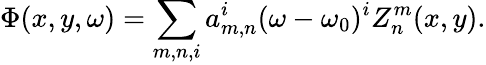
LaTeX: \Phi(x,y,\omega)=\sum_{m,n,i}a_{m,n}^{i}(\omega-\omega_{0})^{i}Z_{n}^{m}(x,y).